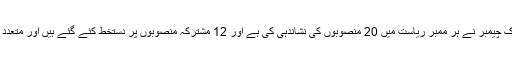
نانہوں نے کہا کہ سارک چیمبر نے ہر ممبر ریاست میں 20 منصوبوں کی نشاندہی کی ہے اور 12 مشترکہ منصوبوں پر دستخط کئے گئے ہیں اور متعدد پر مذاکرات جاری ہیں۔